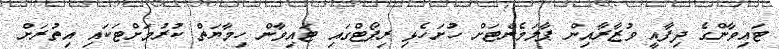
ޓައިވާންގެ ދިފާއީ ވުޒާރާއިން ޕާލަމެންޓަށް ހުށަހެޅި ރިޕޯޓްގައި ޓައިވާން ހިމާޔަތް ކުރުމަށްޓަކައި އިތުރަށް